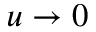
u \to 0